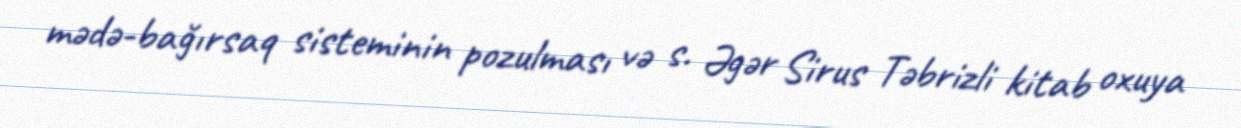
mədə-bağırsaq sisteminin pozulması və s. Əgər Sirus Təbrizli kitab oxuya